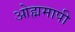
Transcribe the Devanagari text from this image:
ओह्ममापी